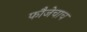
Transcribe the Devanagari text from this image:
फौजेचाच